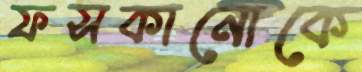
ফসকানোকে